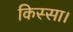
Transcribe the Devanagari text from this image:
किस्सा।